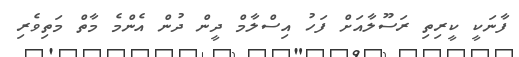
ފާނަކީ ކީރިތި ރަސޫލާއަށް ފަހު އިސްލާމް ދީން ދުން އެންމެ މާތް މަތިވެރި